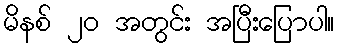
မိနစ် ၂၀ အတွင်း အပြီးပြောပါ။